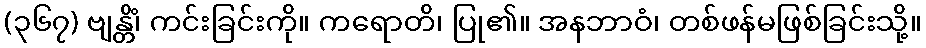
(၃၆၇) ဗျန္တိံ၊ ကင်းခြင်းကို။ ကရောတိ၊ ပြု၏။ အနဘာဝံ၊ တစ်ဖန်မဖြစ်ခြင်းသို့။